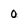
Character: 0